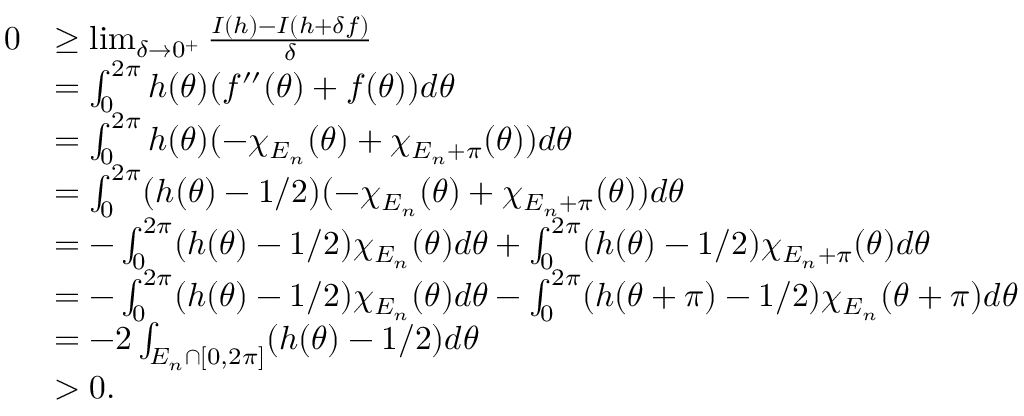
\begin{array} { r l } { 0 } & { \ge \operatorname* { l i m } _ { \delta \rightarrow 0 ^ { + } } \frac { I ( h ) - I ( h + \delta f ) } { \delta } } \\ & { = \int _ { 0 } ^ { 2 \pi } h ( \theta ) ( f ^ { \prime \prime } ( \theta ) + f ( \theta ) ) d \theta } \\ & { = \int _ { 0 } ^ { 2 \pi } h ( \theta ) ( - \chi _ { E _ { n } } ( \theta ) + \chi _ { E _ { n } + \pi } ( \theta ) ) d \theta } \\ & { = \int _ { 0 } ^ { 2 \pi } ( h ( \theta ) - 1 / 2 ) ( - \chi _ { E _ { n } } ( \theta ) + \chi _ { E _ { n } + \pi } ( \theta ) ) d \theta } \\ & { = - \int _ { 0 } ^ { 2 \pi } ( h ( \theta ) - 1 / 2 ) \chi _ { E _ { n } } ( \theta ) d \theta + \int _ { 0 } ^ { 2 \pi } ( h ( \theta ) - 1 / 2 ) \chi _ { E _ { n } + \pi } ( \theta ) d \theta } \\ & { = - \int _ { 0 } ^ { 2 \pi } ( h ( \theta ) - 1 / 2 ) \chi _ { E _ { n } } ( \theta ) d \theta - \int _ { 0 } ^ { 2 \pi } ( h ( \theta + \pi ) - 1 / 2 ) \chi _ { E _ { n } } ( \theta + \pi ) d \theta } \\ & { = - 2 \int _ { E _ { n } \cap [ 0 , 2 \pi ] } ( h ( \theta ) - 1 / 2 ) d \theta } \\ & { > 0 . } \end{array}